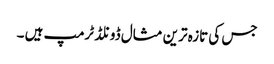
جس کی تازہ ترین مثال ڈونلڈ ٹرمپ ہیں ۔